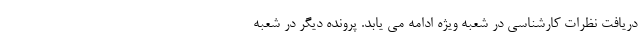
دریافت نظرات کارشناسی در شعبه ویژه ادامه می یابد. پرونده دیگر در شعبه